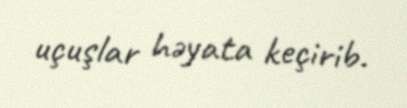
uçuşlar həyata keçirib.